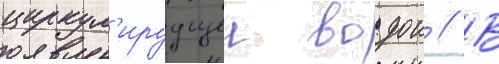
циркул'ируущеи водои // В